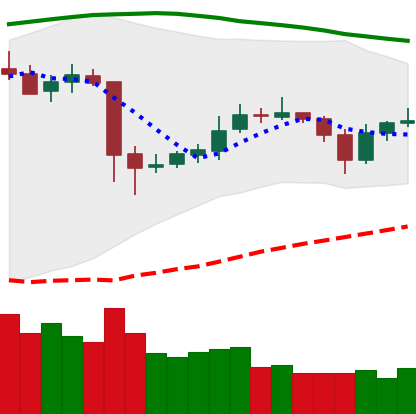
Ticker: ETC-USD
Chart end date: 2020-05-24
Forward return: 9.491%
Label: up_7plus